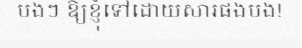
បងៗ ឱ្យខ្ញុំទៅដោយសារផងបង!